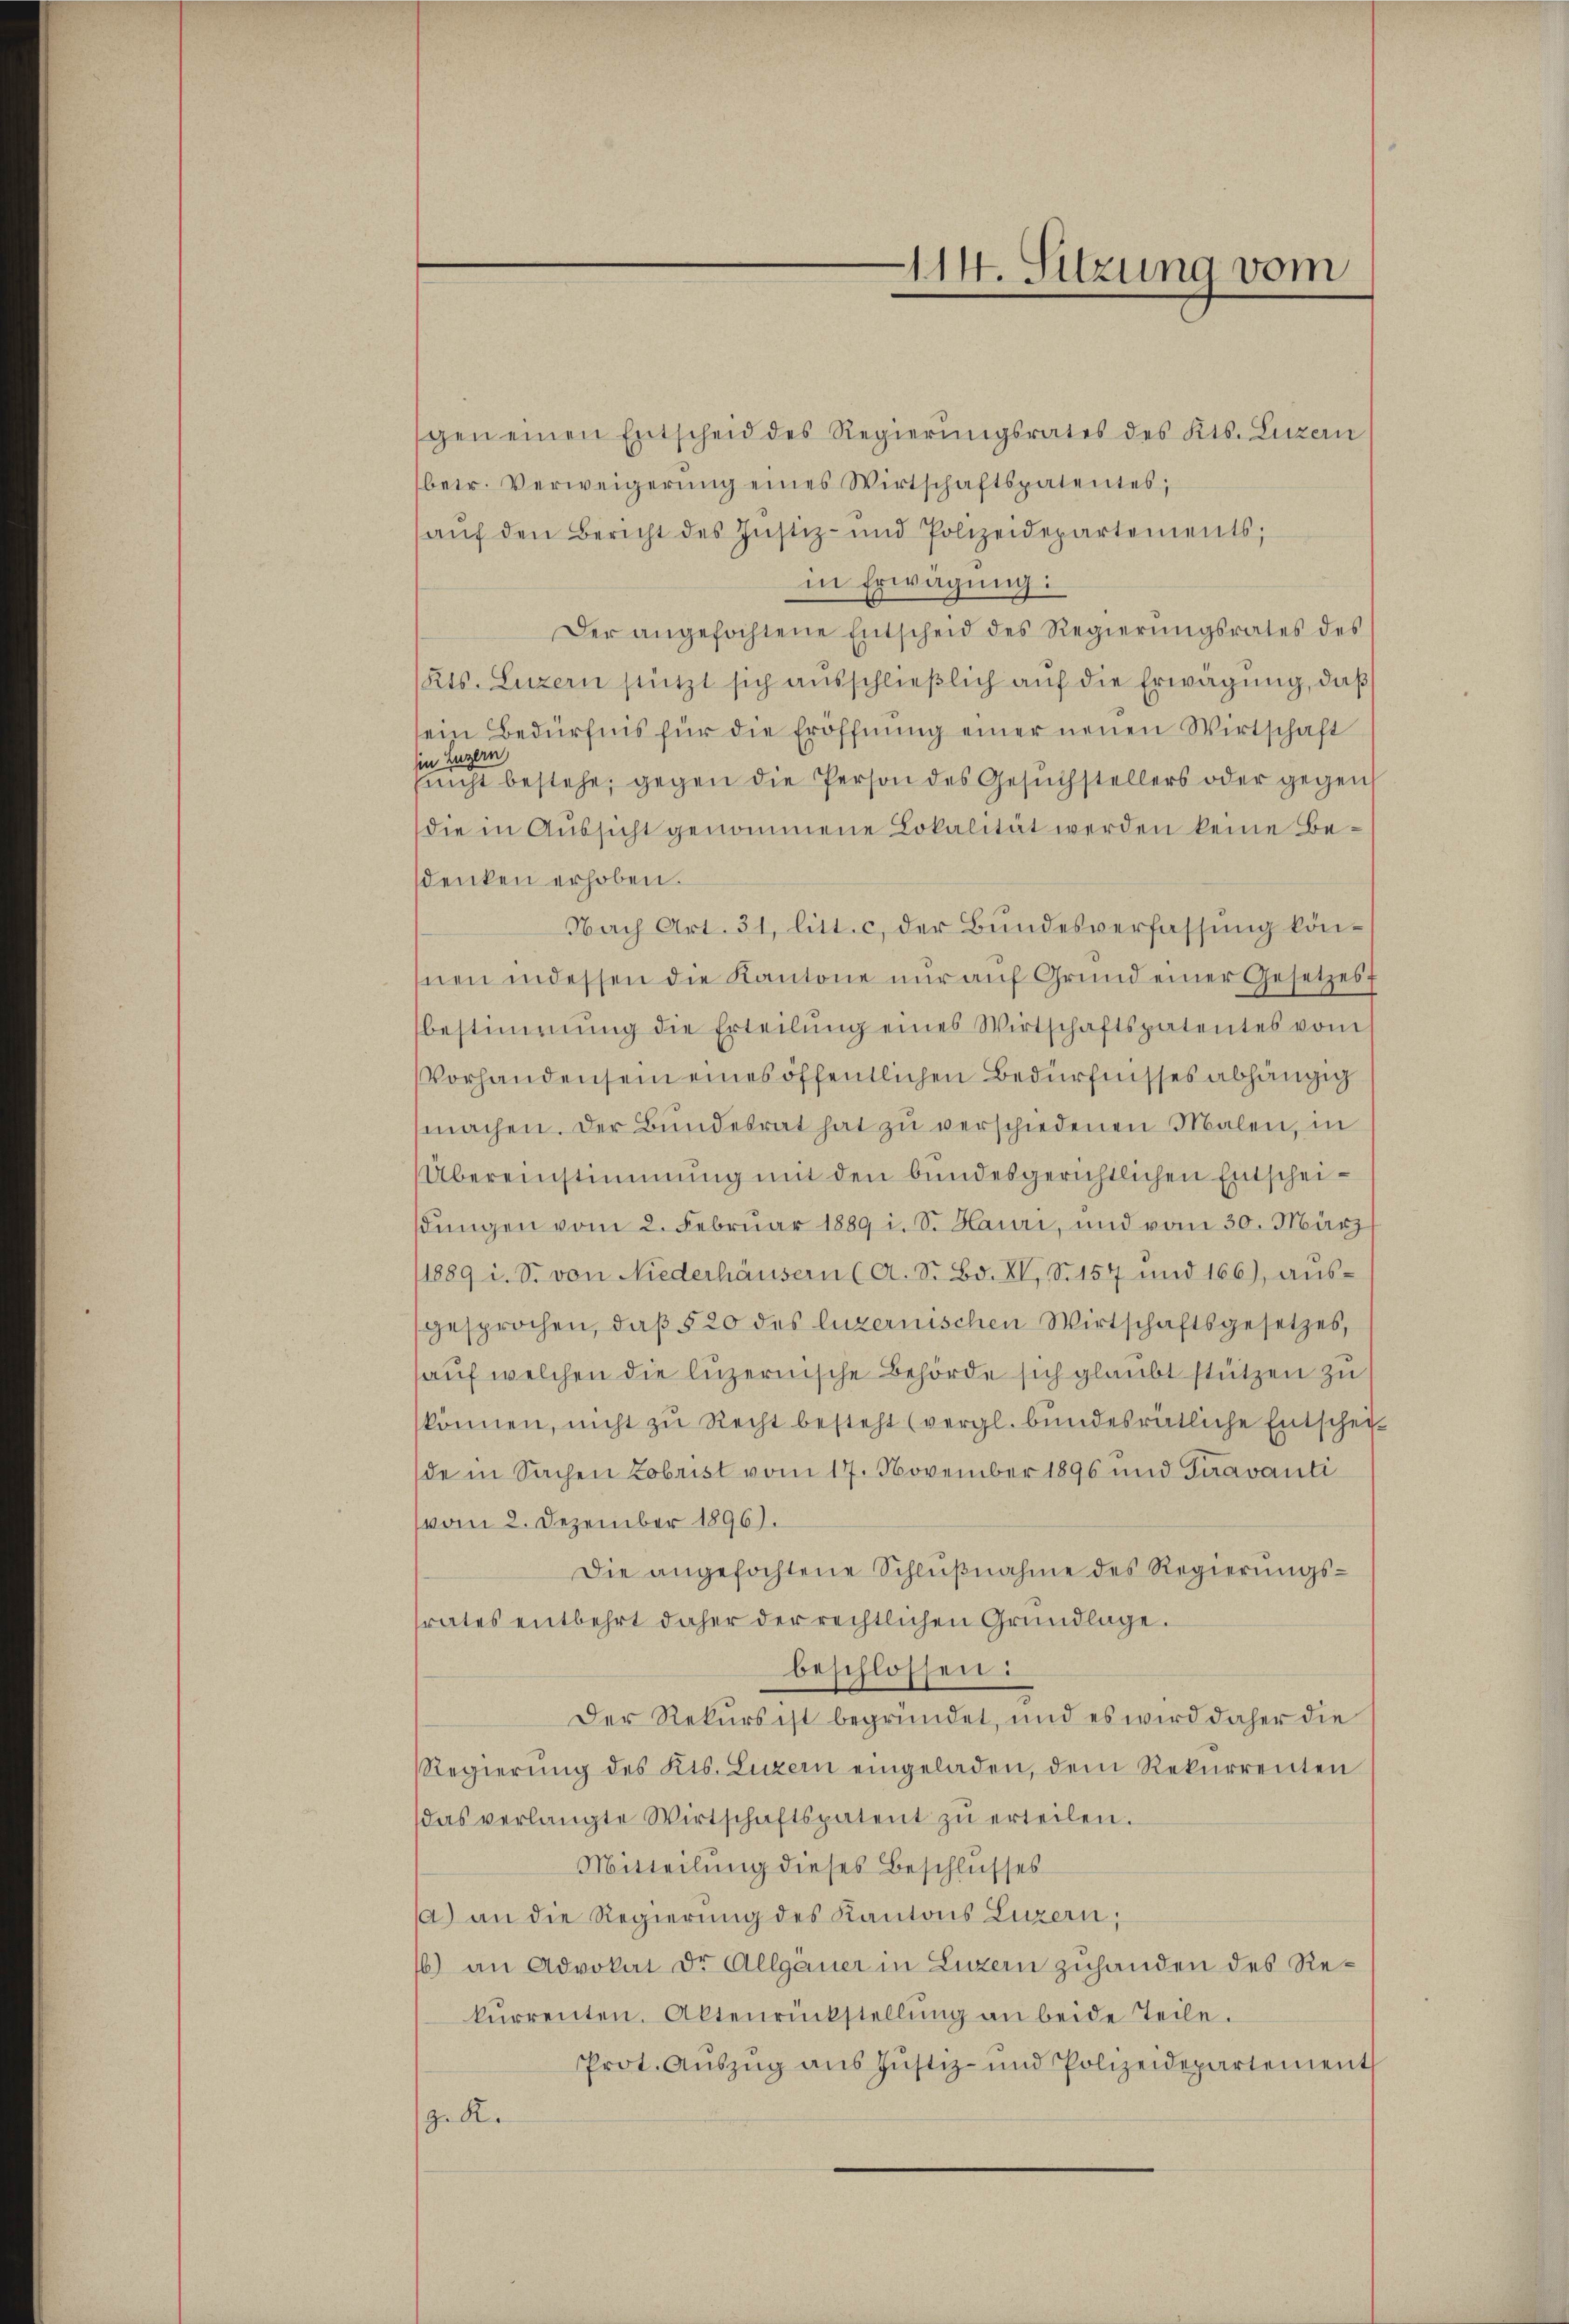
gen einen Entscheid des Regierŭngsrates des Kts. Luzern
betr. Verweigerŭng eines Wirtschaftspatentes;
aŭf den Bericht des Justiz- und Polizeidepartements;
in Erwägung:
Der angefochtene Entscheid des Regierŭngsrates des
Kts. Luzern stützt sich ausschließlich auf die Erwägung, daß
sein Bedürfnis für die Eröffnŭng einer neuen Wirtschaft
in Luzern
snicht bestehe, gegen die Person des Gesŭchstellers oder gegen
die in Aussicht genommene Lokalität werden keine Besdenken erhoben.
Nach Art. 31, litt. c, der Bundesverfassung könhnen indessen die Kantone nŭr aŭf Grund einer Gesetzes f
bestimmung die Erteilŭng eines Wirtschaftspatentes vom
Vorhanden sein eines öffentlichen Bedürfnisses abhängig
machen. Der Bŭndesrat hat zŭ verschiedenen Malen, in
Übereinstimmung mit den bundesgerichtlichen Entscheidŭngen vom 2. Februar 1889 i. S. Hauri, und vom 30. März
1889 i. S. von Niederhäusern (A. S. Bd. XV, S. 157 und 166), ausgesprochen, daß § 20 des luzernischen Wirtschaftsgesetzes,
haŭf welchen die luzernische Behörde sich glaubt stützen zu
können, nicht zŭ Recht besteht (vergl. bŭndesrätliche Entschei-
de in Sachen Zobrist vom 17. November 1896 und Travanti
vom 2. Dezember 1896).
Die angefochtene Schlŭβnahme des Regierŭngs-
trates entbehrt daher der rechtlichen Grundlage.
beschlossen:
Der Rekurs ist begründet, und es wird daher die
Regierŭng des Kts. Luzern eingeladen, dem Rekurrenten
das verlangte Wirtschaftspatent zŭ erteilen.
Mitteilung dieses Beschlusses
a) an die Regierung des Kantons Luzern,
16) an Advokat Dr. Allgäner in Luzern zuhanden des Rekurrenten. Aktenrückstellŭng an beide Teile.
Prot. Aŭszŭg ans Jŭstiz- und Polizeidepartement
9. Re

114. Sitzung vom